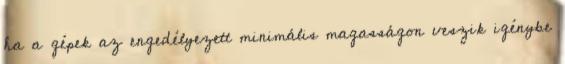
ha a gépek az engedélyezett minimális magasságon veszik igénybe